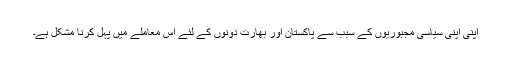
اپنی اپنی سیاسی مجبوریوں کے سبب سے پاکستان اور بھارت دونوں کے لئے اس معاملے میں پہل کرنا مشکل ہے۔